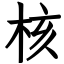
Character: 核